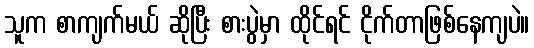
သူက စာကျက်မယ် ဆိုပြီး စားပွဲမှာ ထိုင်ရင် ငိုက်တာဖြစ်နေကျပဲ။